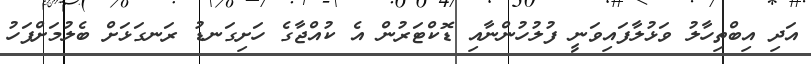
އަދި އިބްތިހާލު ވަޅުލާފައިވަނީ ފުލުހުންނާއި ޑޮކްޓަރުން އެ ކުއްޖާގެ ހަށިގަނޑު ރަނގަޅަށް ބެލުމަށްފަހު